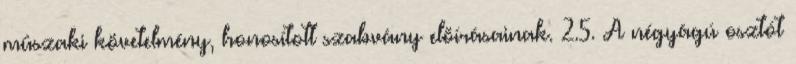
mûszaki követelmény, honosított szabvány elõírásainak. 2.5. A négyágú osztót